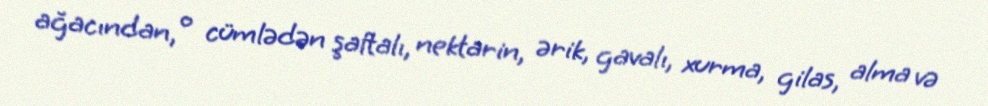
ağacından, o cümlədən şaftalı, nektarin, ərik, gavalı, xurma, gilas, alma və